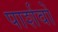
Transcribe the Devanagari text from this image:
पार्शवों